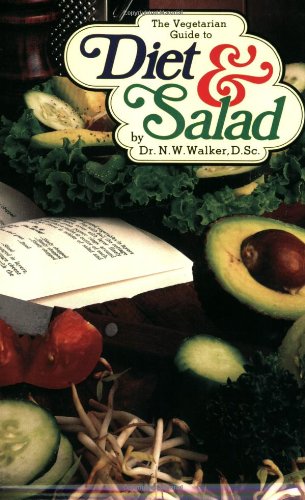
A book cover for The Vegetarian Guide to Diet & Salad; N. W. Walker; Health, Fitness & Dieting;